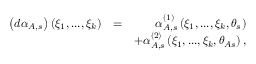
\begin{array} { r l r } { \left( d \alpha _ { A , s } \right) \left( \xi _ { 1 } , . . . , \xi _ { k } \right) } & { = } & { \alpha _ { A , s } ^ { \left( 1 \right) } \left( \xi _ { 1 } , . . . , \xi _ { k } , \theta _ { s } \right) } \\ & { } & { + \alpha _ { A , s } ^ { \left( 2 \right) } \left( \xi _ { 1 } , . . . , \xi _ { k } , \theta _ { A s } \right) , } \end{array}